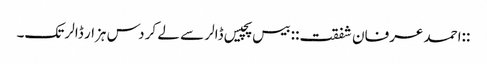
::احمد عرفان شفقت:: بیس پچیس ڈالر سے لے کر دس ہزار ڈالر تک۔